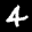
Label: 4